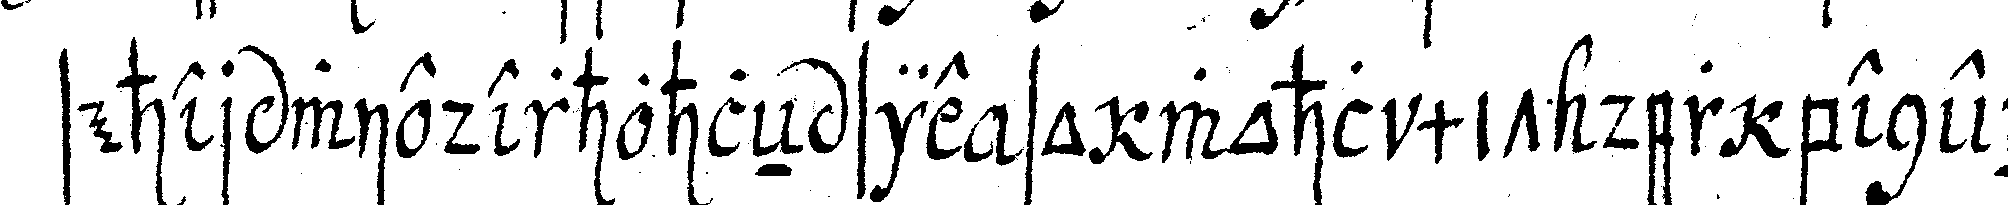
seher wiederhohleN sie so wohl mit der benen